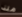
منذ